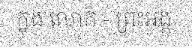
ក្នុង លោក - ព្រះអង្គ